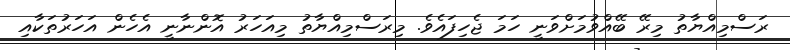
ރަސްމިއްޔާތު މިރޭ ބޭއްވުމަށްވަނީ ހަމަ ޖެހިފައެވެ. މިރަސްމިއްޔާތު މިއަހަރު އޮންނާނީ އެހެން އަހަރުތަކާއި